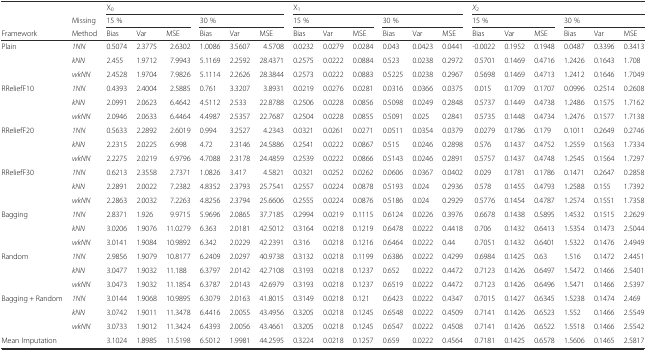
<table><thead><tr><td></td><td></td><td colspan="6"><b>X<sub>0</sub></b></td><td colspan="6"><b>X<sub>1</sub></b></td><td colspan="6"><b><i>X</i><sub>2</sub></b></td></tr><tr><td></td><td><b>Missing</b></td><td colspan="3"><b>15 %</b></td><td colspan="3"><b>30 %</b></td><td colspan="3"><b>15 %</b></td><td colspan="3"><b>30 %</b></td><td colspan="3"><b>15 %</b></td><td colspan="3"><b>30 %</b></td></tr><tr><td><b>Framework</b></td><td><b>Method</b></td><td><b>Bias</b></td><td><b>Var</b></td><td><b>MSE</b></td><td><b>Bias</b></td><td><b>Var</b></td><td><b>MSE</b></td><td><b>Bias</b></td><td><b>Var</b></td><td><b>MSE</b></td><td><b>Bias</b></td><td><b>Var</b></td><td><b>MSE</b></td><td><b>Bias</b></td><td><b>Var</b></td><td><b>MSE</b></td><td><b>Bias</b></td><td><b>Var</b></td><td><b>MSE</b></td></tr></thead><tbody><tr><td>Plain</td><td><i>1NN</i></td><td>0.5074</td><td>2.3775</td><td>2.6302</td><td>1.0086</td><td>3.5607</td><td>4.5708</td><td>0.0232</td><td>0.0279</td><td>0.0284</td><td>0.043</td><td>0.0423</td><td>0.0441</td><td>-0.0022</td><td>0.1952</td><td>0.1948</td><td>0.0487</td><td>0.3396</td><td>0.3413</td></tr><tr><td></td><td><i>kNN</i></td><td>2.455</td><td>1.9712</td><td>7.9943</td><td>5.1169</td><td>2.2592</td><td>28.4371</td><td>0.2575</td><td>0.0222</td><td>0.0884</td><td>0.523</td><td>0.0238</td><td>0.2972</td><td>0.5701</td><td>0.1469</td><td>0.4716</td><td>1.2426</td><td>0.1643</td><td>1.708</td></tr><tr><td></td><td><i>wkNN</i></td><td>2.4528</td><td>1.9704</td><td>7.9826</td><td>5.1114</td><td>2.2626</td><td>28.3844</td><td>0.2573</td><td>0.0222</td><td>0.0883</td><td>0.5225</td><td>0.0238</td><td>0.2967</td><td>0.5698</td><td>0.1469</td><td>0.4713</td><td>1.2412</td><td>0.1646</td><td>1.7049</td></tr><tr><td>RReliefF10</td><td><i>1NN</i></td><td>0.4393</td><td>2.4004</td><td>2.5885</td><td>0.761</td><td>3.3207</td><td>3.8931</td><td>0.0219</td><td>0.0276</td><td>0.0281</td><td>0.0316</td><td>0.0366</td><td>0.0375</td><td>0.015</td><td>0.1709</td><td>0.1707</td><td>0.0996</td><td>0.2514</td><td>0.2608</td></tr><tr><td></td><td><i>kNN</i></td><td>2.0991</td><td>2.0623</td><td>6.4642</td><td>4.5112</td><td>2.533</td><td>22.8788</td><td>0.2506</td><td>0.0228</td><td>0.0856</td><td>0.5098</td><td>0.0249</td><td>0.2848</td><td>0.5737</td><td>0.1449</td><td>0.4738</td><td>1.2486</td><td>0.1575</td><td>1.7162</td></tr><tr><td></td><td><i>wkNN</i></td><td>2.0946</td><td>2.0633</td><td>6.4464</td><td>4.4987</td><td>2.5357</td><td>22.7687</td><td>0.2504</td><td>0.0228</td><td>0.0855</td><td>0.5091</td><td>0.025</td><td>0.2841</td><td>0.5735</td><td>0.1448</td><td>0.4734</td><td>1.2476</td><td>0.1577</td><td>1.7138</td></tr><tr><td>RReliefF20</td><td><i>1NN</i></td><td>0.5633</td><td>2.2892</td><td>2.6019</td><td>0.994</td><td>3.2527</td><td>4.2343</td><td>0.0321</td><td>0.0261</td><td>0.0271</td><td>0.0511</td><td>0.0354</td><td>0.0379</td><td>0.0279</td><td>0.1786</td><td>0.179</td><td>0.1011</td><td>0.2649</td><td>0.2746</td></tr><tr><td></td><td><i>kNN</i></td><td>2.2315</td><td>2.0225</td><td>6.998</td><td>4.72</td><td>2.3146</td><td>24.5886</td><td>0.2541</td><td>0.0222</td><td>0.0867</td><td>0.515</td><td>0.0246</td><td>0.2898</td><td>0.576</td><td>0.1437</td><td>0.4752</td><td>1.2559</td><td>0.1563</td><td>1.7334</td></tr><tr><td></td><td><i>wkNN</i></td><td>2.2275</td><td>2.0219</td><td>6.9796</td><td>4.7088</td><td>2.3178</td><td>24.4859</td><td>0.2539</td><td>0.0222</td><td>0.0866</td><td>0.5143</td><td>0.0246</td><td>0.2891</td><td>0.5757</td><td>0.1437</td><td>0.4748</td><td>1.2545</td><td>0.1564</td><td>1.7297</td></tr><tr><td>RReliefF30</td><td><i>1NN</i></td><td>0.6213</td><td>2.3558</td><td>2.7371</td><td>1.0826</td><td>3.417</td><td>4.5821</td><td>0.0321</td><td>0.0252</td><td>0.0262</td><td>0.0606</td><td>0.0367</td><td>0.0402</td><td>0.029</td><td>0.1781</td><td>0.1786</td><td>0.1471</td><td>0.2647</td><td>0.2858</td></tr><tr><td></td><td><i>kNN</i></td><td>2.2891</td><td>2.0022</td><td>7.2382</td><td>4.8352</td><td>2.3793</td><td>25.7541</td><td>0.2557</td><td>0.0224</td><td>0.0878</td><td>0.5193</td><td>0.024</td><td>0.2936</td><td>0.578</td><td>0.1455</td><td>0.4793</td><td>1.2588</td><td>0.155</td><td>1.7392</td></tr><tr><td></td><td><i>wkNN</i></td><td>2.2863</td><td>2.0032</td><td>7.2263</td><td>4.8256</td><td>2.3794</td><td>25.6606</td><td>0.2555</td><td>0.0224</td><td>0.0876</td><td>0.5186</td><td>0.024</td><td>0.2929</td><td>0.5776</td><td>0.1454</td><td>0.4787</td><td>1.2574</td><td>0.1551</td><td>1.7358</td></tr><tr><td>Bagging</td><td><i>1NN</i></td><td>2.8371</td><td>1.926</td><td>9.9715</td><td>5.9696</td><td>2.0865</td><td>37.7185</td><td>0.2994</td><td>0.0219</td><td>0.1115</td><td>0.6124</td><td>0.0226</td><td>0.3976</td><td>0.6678</td><td>0.1438</td><td>0.5895</td><td>1.4532</td><td>0.1515</td><td>2.2629</td></tr><tr><td></td><td><i>kNN</i></td><td>3.0206</td><td>1.9076</td><td>11.0279</td><td>6.363</td><td>2.0181</td><td>42.5012</td><td>0.3164</td><td>0.0218</td><td>0.1219</td><td>0.6478</td><td>0.0222</td><td>0.4418</td><td>0.706</td><td>0.1432</td><td>0.6413</td><td>1.5354</td><td>0.1473</td><td>2.5044</td></tr><tr><td></td><td><i>wkNN</i></td><td>3.0141</td><td>1.9084</td><td>10.9892</td><td>6.342</td><td>2.0229</td><td>42.2391</td><td>0.316</td><td>0.0218</td><td>0.1216</td><td>0.6464</td><td>0.0222</td><td>0.44</td><td>0.7051</td><td>0.1432</td><td>0.6401</td><td>1.5322</td><td>0.1476</td><td>2.4949</td></tr><tr><td>Random</td><td><i>1NN</i></td><td>2.9856</td><td>1.9079</td><td>10.8177</td><td>6.2409</td><td>2.0297</td><td>40.9738</td><td>0.3132</td><td>0.0218</td><td>0.1199</td><td>0.6386</td><td>0.0222</td><td>0.4299</td><td>0.6984</td><td>0.1425</td><td>0.63</td><td>1.516</td><td>0.1472</td><td>2.4451</td></tr><tr><td></td><td><i>kNN</i></td><td>3.0477</td><td>1.9032</td><td>11.188</td><td>6.3797</td><td>2.0142</td><td>42.7108</td><td>0.3193</td><td>0.0218</td><td>0.1237</td><td>0.652</td><td>0.0222</td><td>0.4472</td><td>0.7123</td><td>0.1426</td><td>0.6497</td><td>1.5472</td><td>0.1466</td><td>2.5401</td></tr><tr><td></td><td><i>wkNN</i></td><td>3.0473</td><td>1.9032</td><td>11.1854</td><td>6.3787</td><td>2.0143</td><td>42.6979</td><td>0.3193</td><td>0.0218</td><td>0.1237</td><td>0.6519</td><td>0.0222</td><td>0.4472</td><td>0.7123</td><td>0.1426</td><td>0.6496</td><td>1.5471</td><td>0.1466</td><td>2.5397</td></tr><tr><td>Bagging + Random</td><td><i>1NN</i></td><td>3.0144</td><td>1.9068</td><td>10.9895</td><td>6.3079</td><td>2.0163</td><td>41.8015</td><td>0.3149</td><td>0.0218</td><td>0.121</td><td>0.6423</td><td>0.0222</td><td>0.4347</td><td>0.7015</td><td>0.1427</td><td>0.6345</td><td>1.5238</td><td>0.1474</td><td>2.469</td></tr><tr><td></td><td><i>kNN</i></td><td>3.0742</td><td>1.9011</td><td>11.3478</td><td>6.4416</td><td>2.0055</td><td>43.4956</td><td>0.3205</td><td>0.0218</td><td>0.1245</td><td>0.6548</td><td>0.0222</td><td>0.4509</td><td>0.7141</td><td>0.1426</td><td>0.6523</td><td>1.552</td><td>0.1466</td><td>2.5549</td></tr><tr><td></td><td><i>wkNN</i></td><td>3.0733</td><td>1.9012</td><td>11.3424</td><td>6.4393</td><td>2.0056</td><td>43.4661</td><td>0.3205</td><td>0.0218</td><td>0.1245</td><td>0.6547</td><td>0.0222</td><td>0.4508</td><td>0.7141</td><td>0.1426</td><td>0.6522</td><td>1.5518</td><td>0.1466</td><td>2.5542</td></tr><tr><td>Mean Imputation</td><td></td><td>3.1024</td><td>1.8985</td><td>11.5198</td><td>6.5012</td><td>1.9981</td><td>44.2595</td><td>0.3224</td><td>0.0218</td><td>0.1257</td><td>0.659</td><td>0.0222</td><td>0.4564</td><td>0.7181</td><td>0.1425</td><td>0.6578</td><td>1.5606</td><td>0.1465</td><td>2.5817</td></tr></tbody></table>